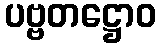
ပဗ္ဗတဋ္ဌောဝ